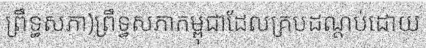
ព្រឹទ្ធសភា)ព្រឹទ្ធសភាកម្ពុជាដែលគ្របដណ្តប់ដោយ